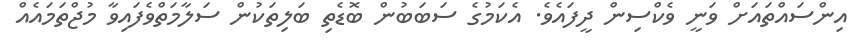
އިންސައްތައަށް ވަނީ ވެކްސިން ދީފައެވެ. އެކަމުގެ ސަބަބުން ބޮޑެތި ބަލިތަކުން ސަލާމަތްވެފައިވާ މުޖްތަމައެއް